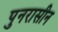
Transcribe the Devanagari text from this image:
पुनरासीन